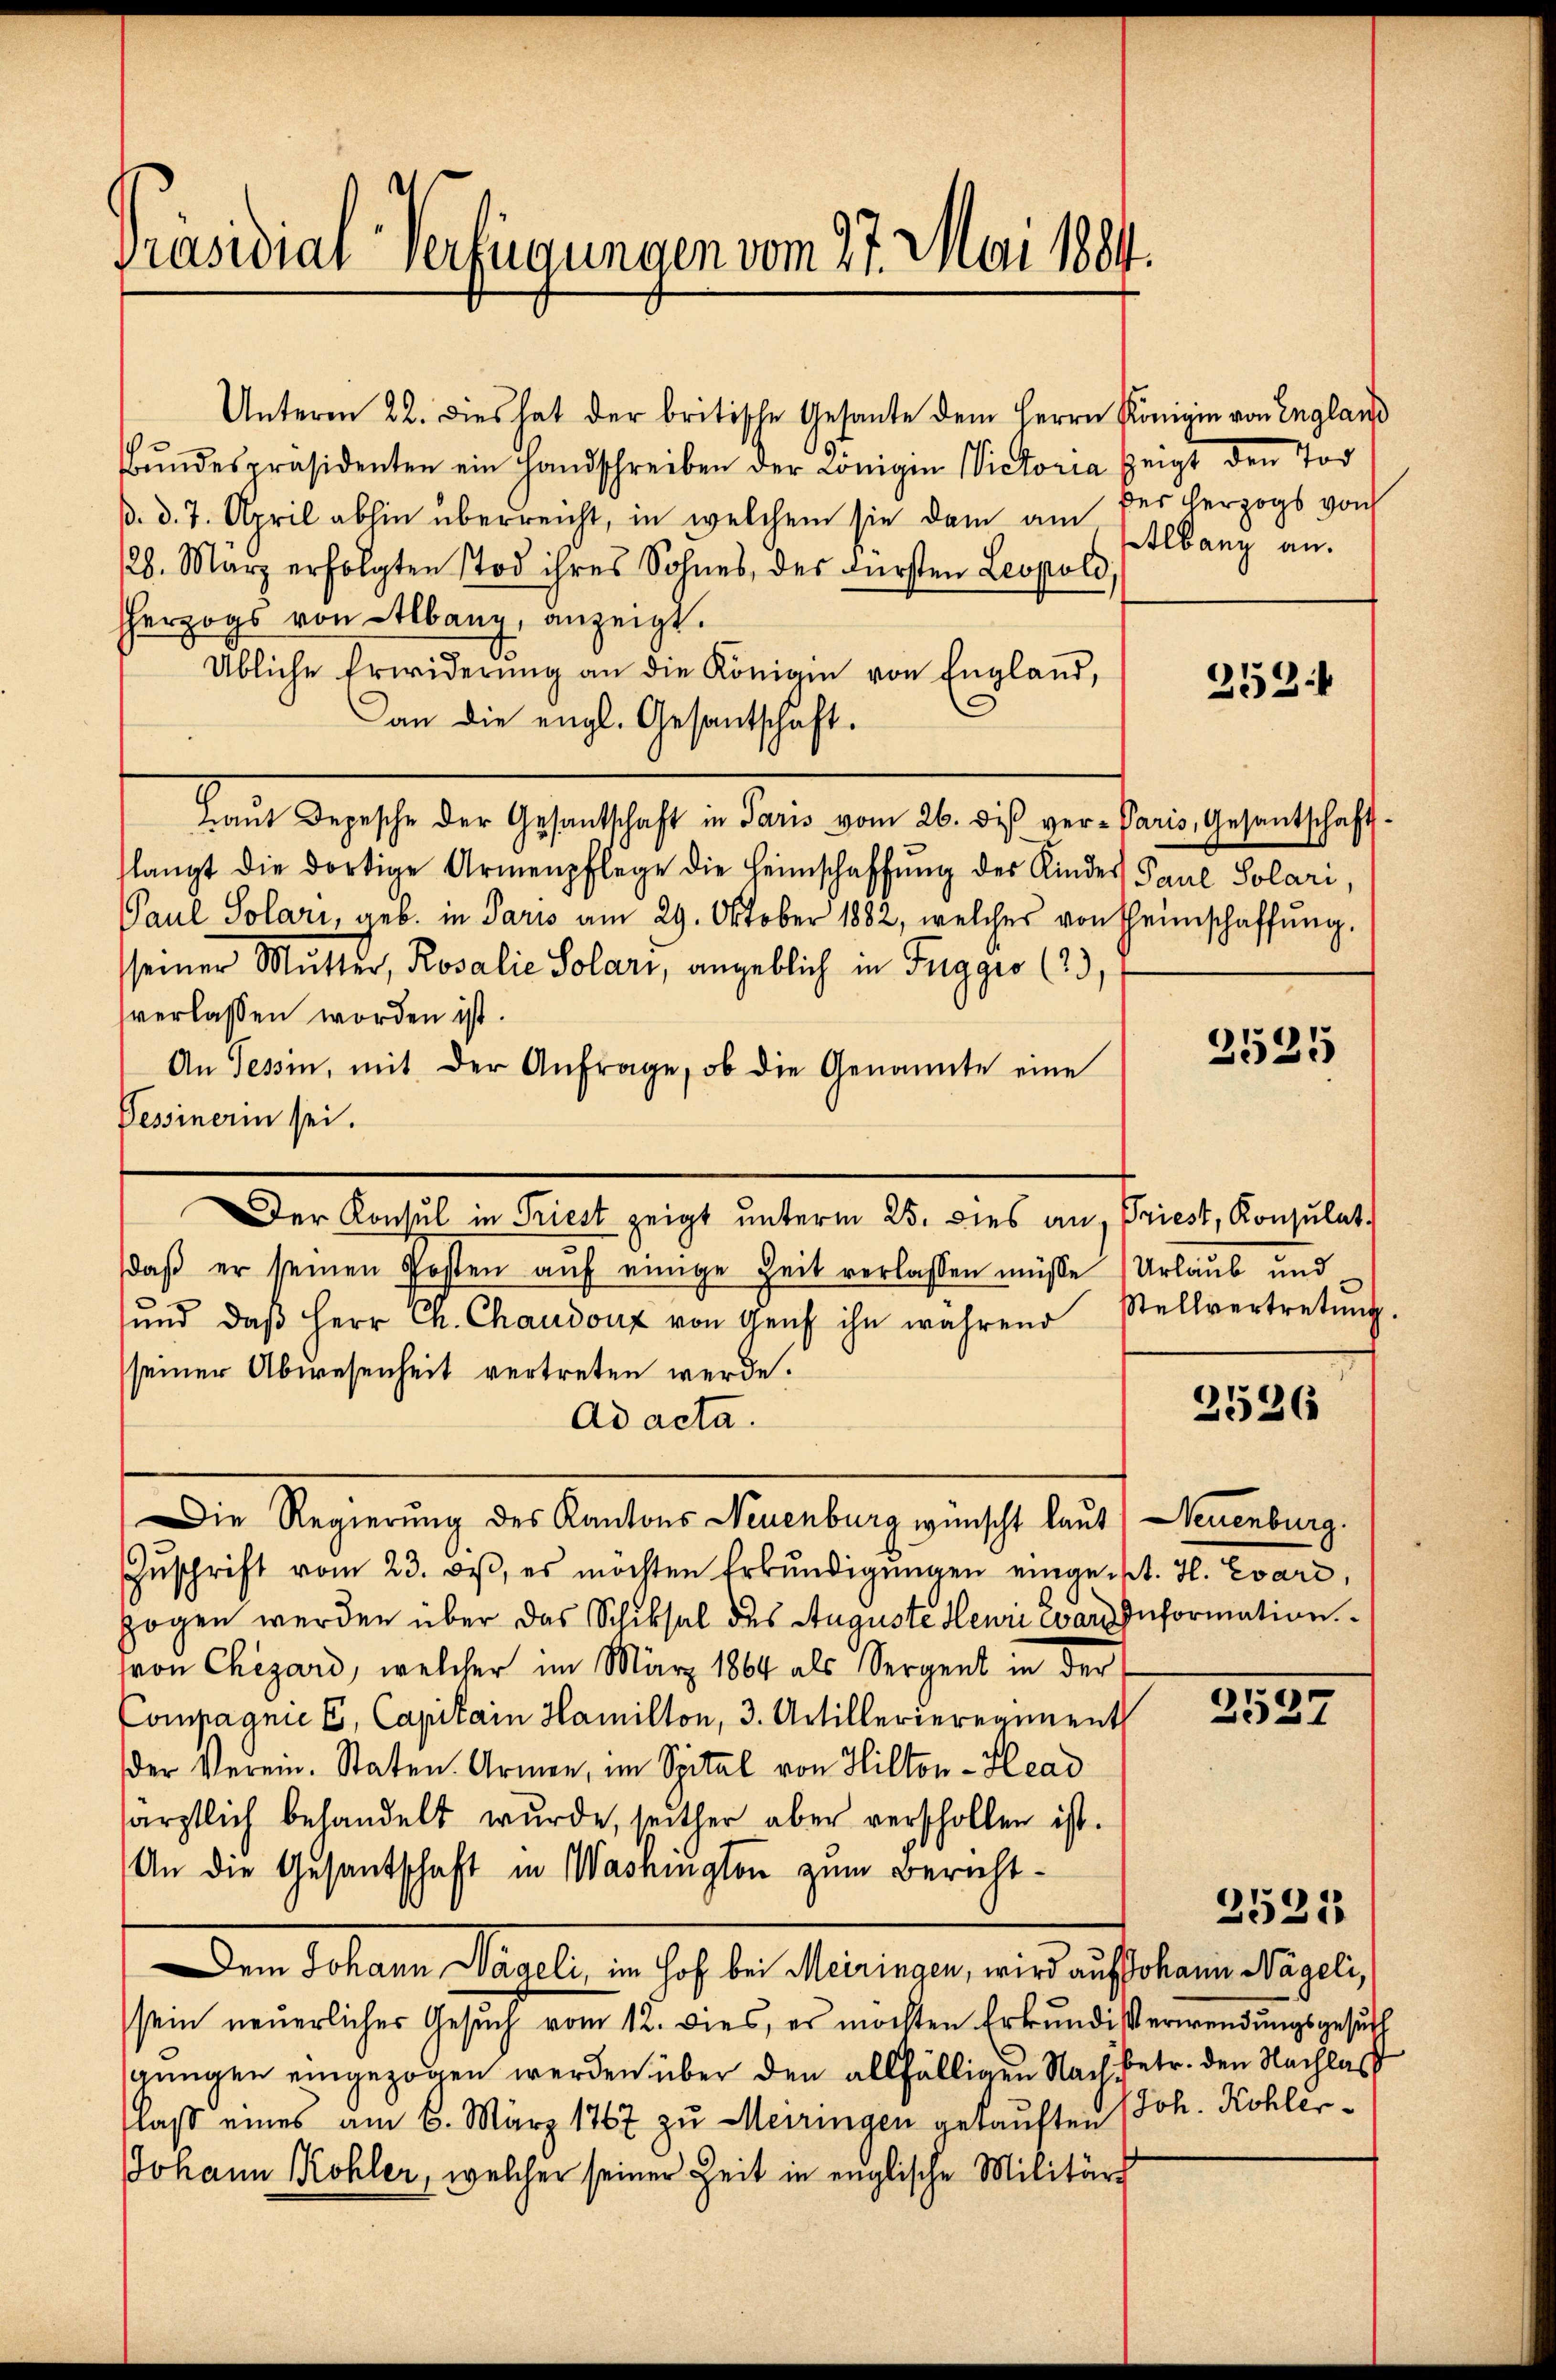
Präsidial-Verfügungen vom 27. Mai 1884.

Unterm 22. dies hat der britische Gesante dem Herrn Königin von England
Bŭndespräsidenten ein Handschreiben der Königen Victoria zeigt den Vor
d. d. 7. April abhin überreicht, in welchem sie dann am der herzogs von
28. März erfolgten Tod ihres Sohnes, des Fürsten Leopold,
herzogs von Manz, anzeigt.
Übliche Erwiderŭng an die Königin von England,
an die engl. Gesantschaft.
Laŭt Depesche der Gesandtschaft in Paris vom 26. des ver-Paris, Gesantschaft-
slangt die dortige Armenpflege die Heimschaffŭng des Kinder Paul Solari,
Paul Solari, geb. in Paris am 29. Oktober 1882, welches von Heimschaffŭng.
seiner Mutter, Rosalie Solari, angeblich in Tuggio (2,
verlassen worden ist.
An Tessin, mit der Anfrage, ob die Genannte eine
Pessinerin sei.
Der Konsul in Priest zeigt unterm 25. dies an, Priest, Konsulat
daβ er seinen Posten aŭf einige Zeit verlassen müsse Urlaub und
ŭnd daβ Herr Ch. Chaudouz von Genf ihn wahrend Stellvertretŭng.
seiner Abwesenheit vertreten werde.
Ad acta.
Die Regierung des Kantons Neuenburg wünscht laut Neuenburg.
Zŭschrift vom 23. Du, es möchten Erkŭndigŭngen eingert. H. Evare,
zogen werden über das Schiksal des Auguste Henri war. Information
von Chizard, welcher im März 1864 als Sergent in der
Compagnie (E, Capitain Hamillon, 3. Artillerieregiment
der Verein. Staten. Armen, im Spital von Hilton-Head
ärztlich behandelt wurde, seither aber verschollen ist.
An die Gesantschaft in Washington zum Bericht¬
Den Schalen Regeln in hat der Vertragen, wird auf ebenen die gele
sein neuerlicher Gesuch vom 12. dies, es möchten Erkundiserwendungsgesuch
gungen eingezogen werden über den allfälligen Nach betr. den Nachlaß
laß eines am 6. März 1867 zu Meiringen gekauften Joh. Kohler¬
Johann Kohler, welcher seiner Zeit in englische Militärs

Etlbanz an.

252

2525

2526

2527

2521